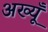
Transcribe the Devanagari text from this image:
अख्यूँ